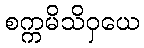
စက္ကမိသိဝှယေ